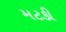
મટકી